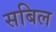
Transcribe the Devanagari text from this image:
सबिल